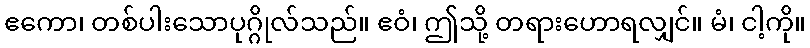
ဧကော၊ တစ်ပါးသောပုဂ္ဂိုလ်သည်။ ဧဝံ၊ ဤသို့ တရားဟောရလျှင်။ မံ၊ ငါ့ကို။